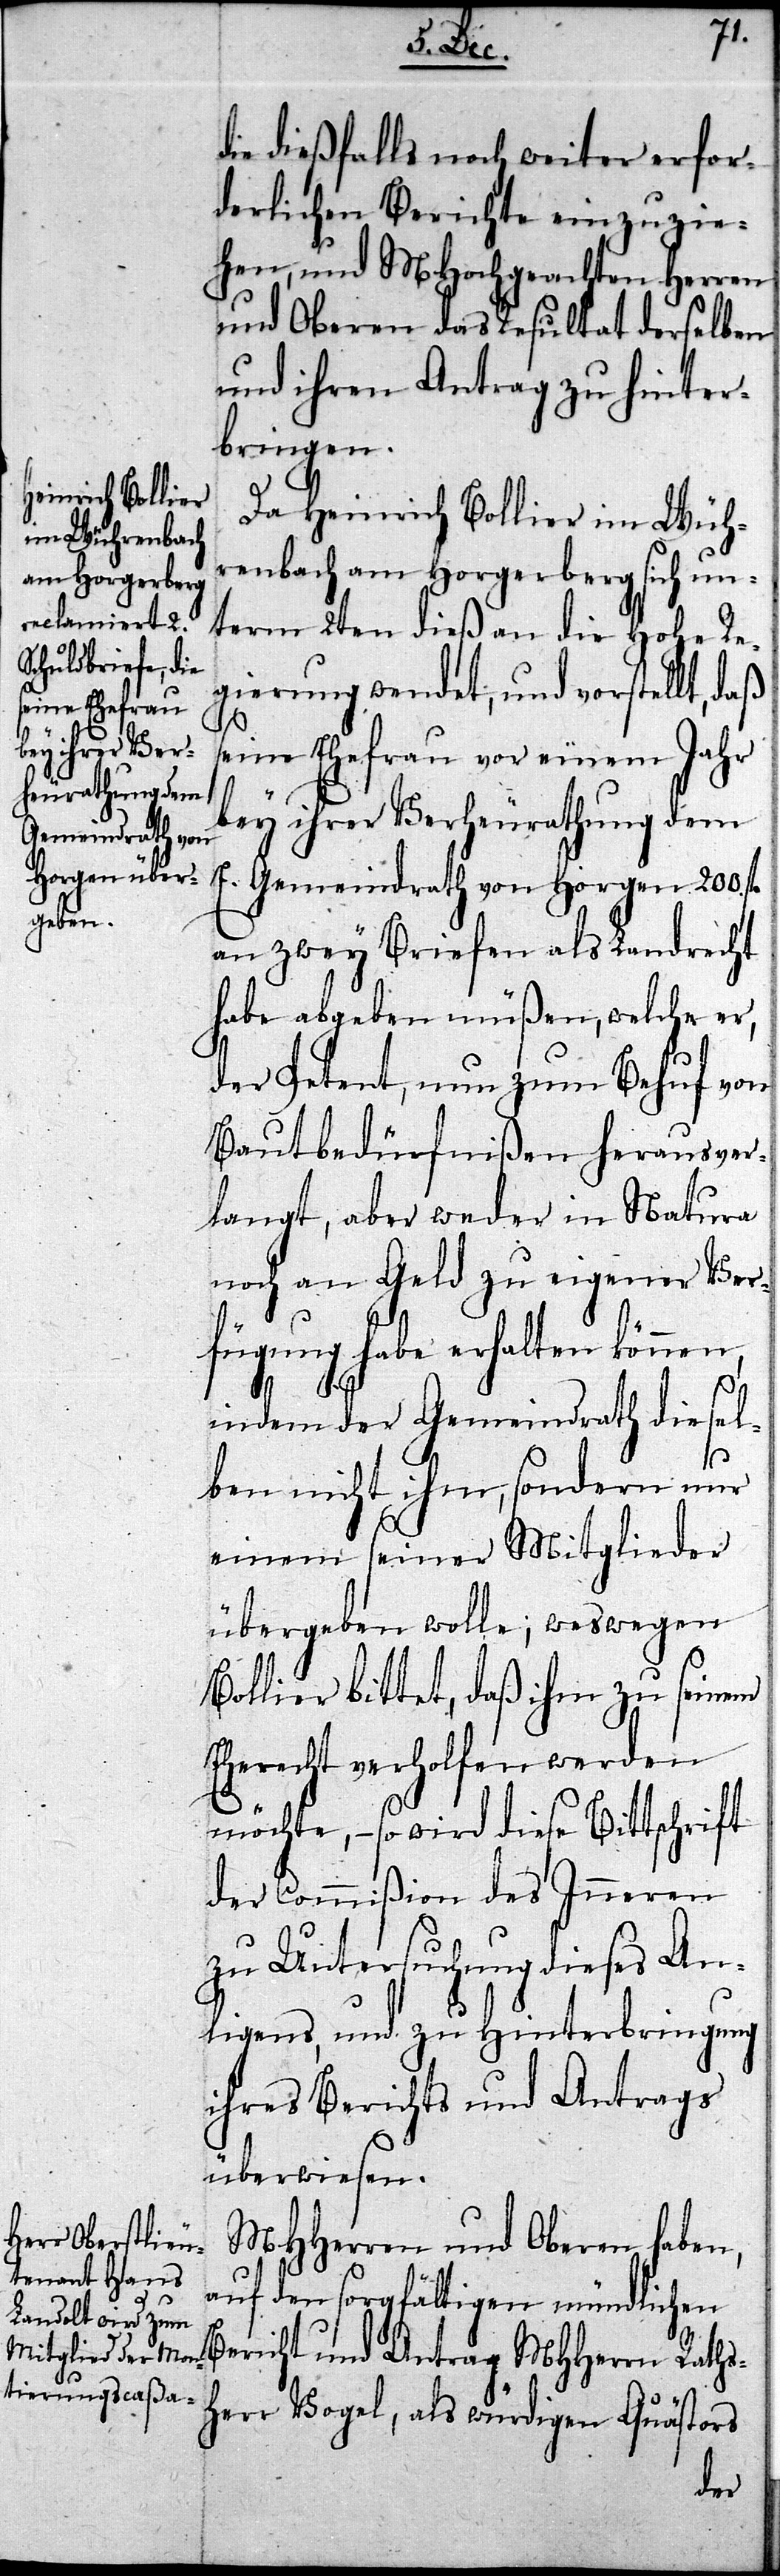
die dießfalls noch weiter erfor¬
derlichen Berichte einzuzie¬
hen, und MHochgeachten HHerren
und Oberen das Resultat derselben
und ihren Antrag zu hinter¬
bringen.
Da Heinrich Bollier im Wuh¬
renbach am Horgerberg sich un¬
term 2ten dieß an die Hohe Re¬
gierung wendet, und vorstellt,
seine Ehefrau vor einem Jahr
bey ihrer Verheurathung dem
herausver¬
E. Gemeinderath von Horgen 200. fl
an zwey Briefen als Landrecht
habe abgeben müßen, welche er,
der Petent, nun zum Behuf von
langt, aber weder in Natura
noch an Geld zu eigener Ver¬
fügung habe erhalten können,
indem der Gemeinderath diesel¬
ben nicht ihm, sondern nur
einem seiner Mitglieder
übergeben wolle; weswegen
Bollier bittet, daß ihm zu seinem
Eherecht verholfen werden
möchte, – so wird diese Bittschrift
der Commißion des Inneren
zu Untersuchung dieses An¬
liegens, und zu Hinterbringung
ihres Berichts und Antrags
überwiesen.
MHHerren und Oberen haben,
auf den sorgfältigen mündlichen
Bericht und Antrag MHHerrn Raths¬
herr Vogel, als würdigen Quästors